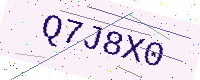
Text: Q7J8X0